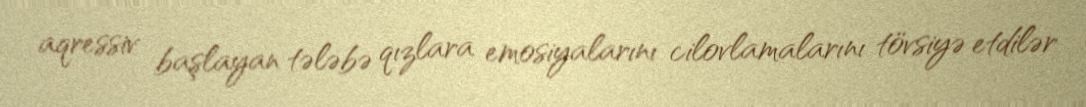
aqressiv başlayan tələbə qızlara emosiyalarını cilovlamalarını tövsiyə etdilər